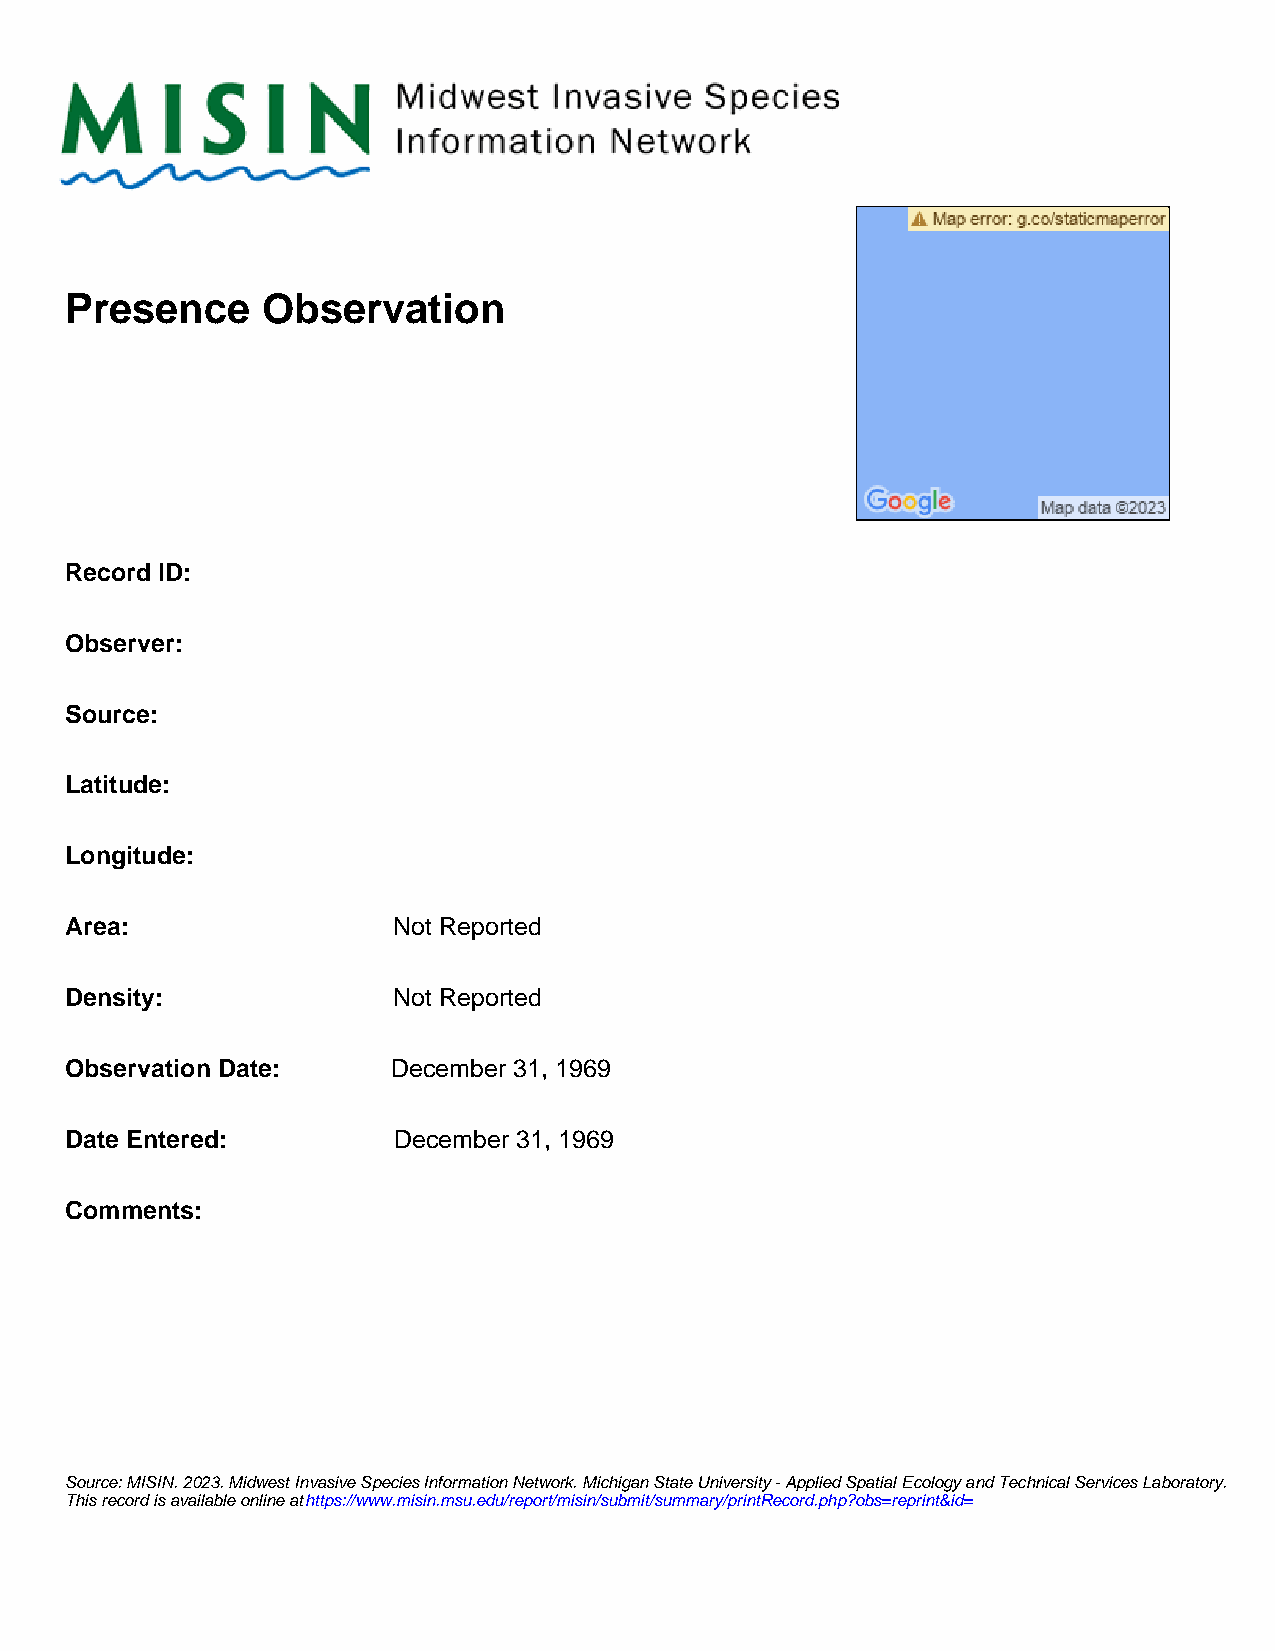
Presence     Observation
 Record ID:
 Observer:
 Source:
 Latitude:
 Longitude:
 Area:                 Not Reported
 Density:              Not Reported
 Observation Date:     December 31, 1969
 Date Entered:         December 31, 1969
 Comments:
 Source: MISIN. 2023. Midwest Invasive Species Information Network. Michigan State University - Applied Spatial Ecology and Technical Services Laboratory.
 T h is r e c o r d i s a v a i la b l e o n l i n e a t https://www.misin.msu.edu/report/misin/submit/summary/printRecord.php?obs=reprint&id=